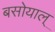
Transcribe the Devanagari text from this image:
बसोयाल्